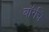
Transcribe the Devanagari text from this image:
बॉर्गचे